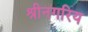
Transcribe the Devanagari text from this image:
श्रीनगरिय